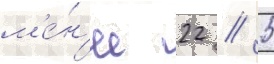
м'е́н'ее 22 / 5